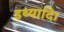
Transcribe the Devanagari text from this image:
इथ्यादि।